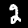
Label: 2